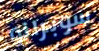
سوبرانو